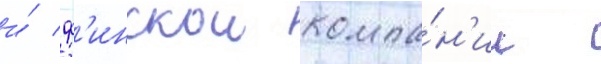
и́ ф'инскои компа́н'ии